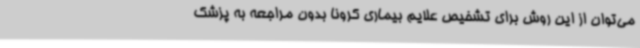
می‌توان از این روش برای تشخیص علایم بیماری کرونا بدون مراجعه به پزشک